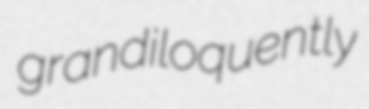
grandiloquently